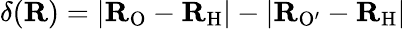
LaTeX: \delta(\mathbf{R})=|\mathbf{R}_{\mathrm{O}}-\mathbf{R}_{\mathrm{H}}|-|\mathbf{R}_{\mathrm{O^{\prime}}}-\mathbf{R}_{\mathrm{H}}|